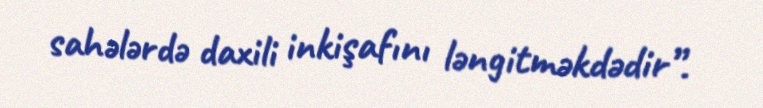
sahələrdə daxili inkişafını ləngitməkdədir”.